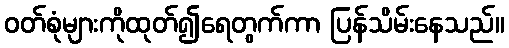
ဝတ်စုံများကိုထုတ်၍ရေတွက်ကာ ပြန်သိမ်းနေသည်။